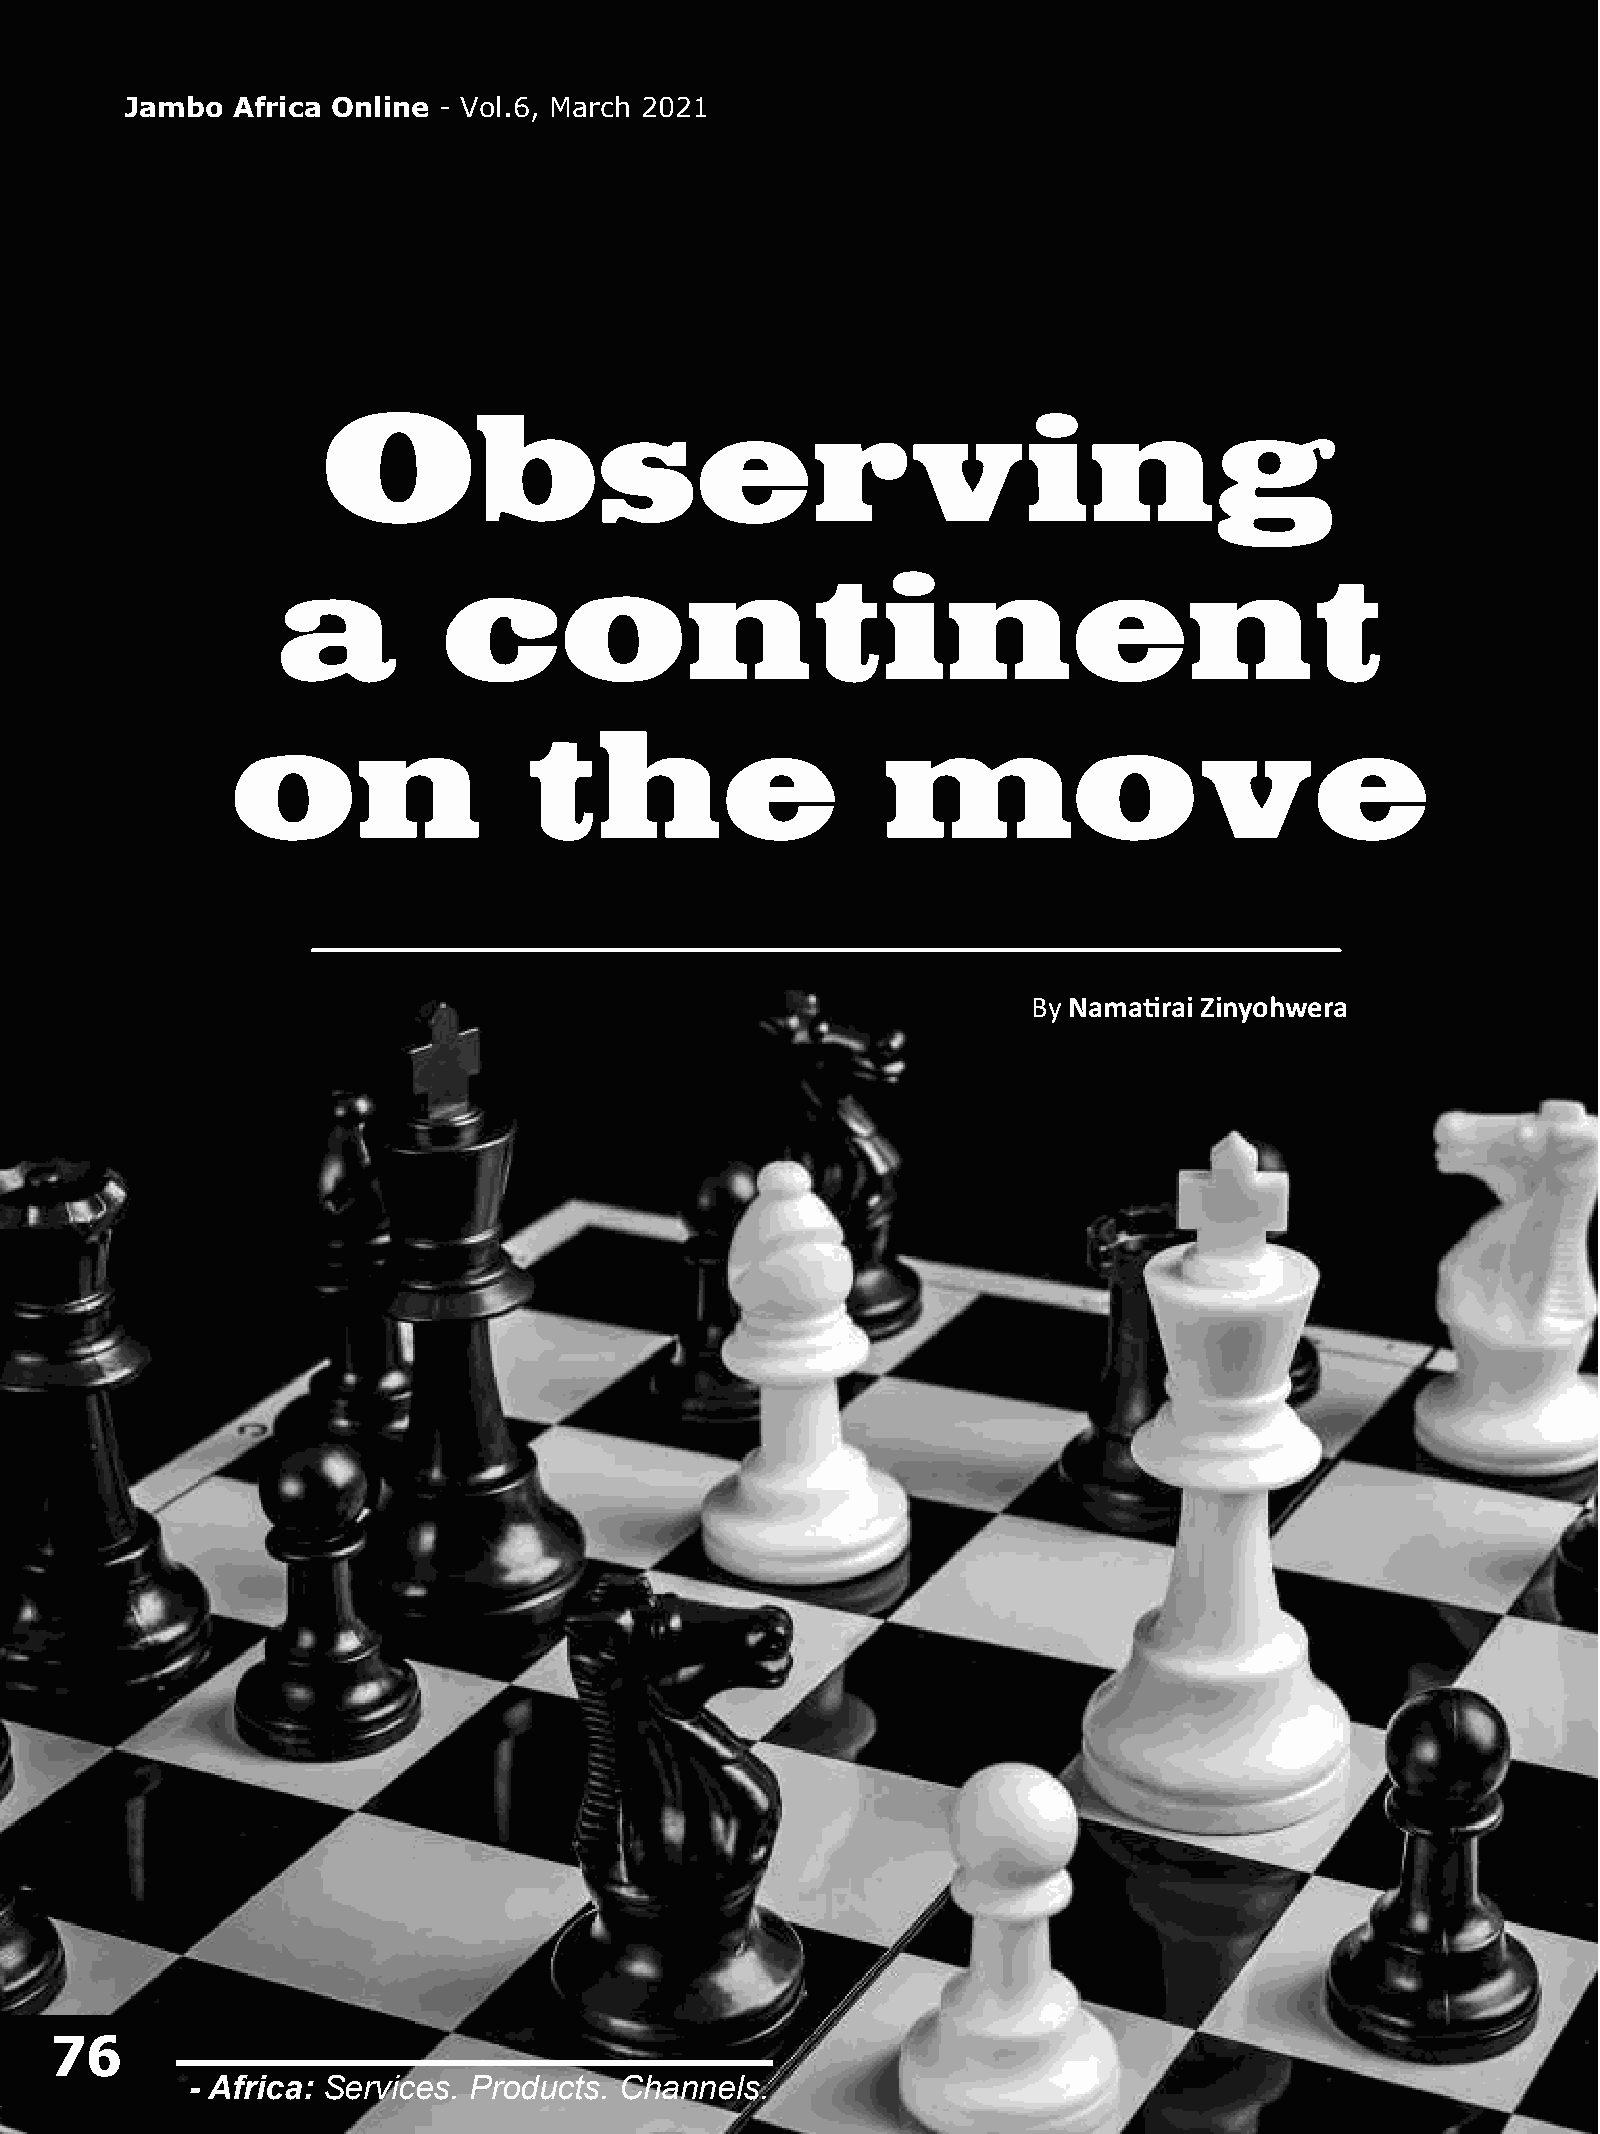
Jambo  Africa Online - Vol.6, March 2021
 Observing
 a          continent
 on                  the                    move
 By Nama�rai Zinyohwera
 76
 - Africa: Services. Products. Channels.